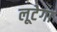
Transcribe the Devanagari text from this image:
लूटेगा